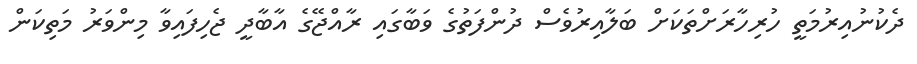
ދެކުނުއިރުމަތީ ހުރިހާރަށްތަކަށް ބަލާއިރުވެސް ދުންފަތުގެ ވަބާގައި ރާއްޖޭގެ އާބާދީ ޖެހިފައިވާ މިންވަރު މަތިކަން